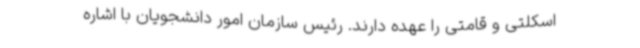
اسکلتی و قامتی را عهده دارند. رئیس سازمان امور دانشجویان با اشاره